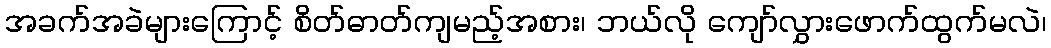
အခက်အခဲများကြောင့် စိတ်ဓာတ်ကျမည့်အစား၊ ဘယ်လို ကျော်လွှားဖောက်ထွက်မလဲ၊